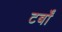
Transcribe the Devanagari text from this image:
टर्बों